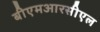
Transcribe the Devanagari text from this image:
बीएमआरसीएल